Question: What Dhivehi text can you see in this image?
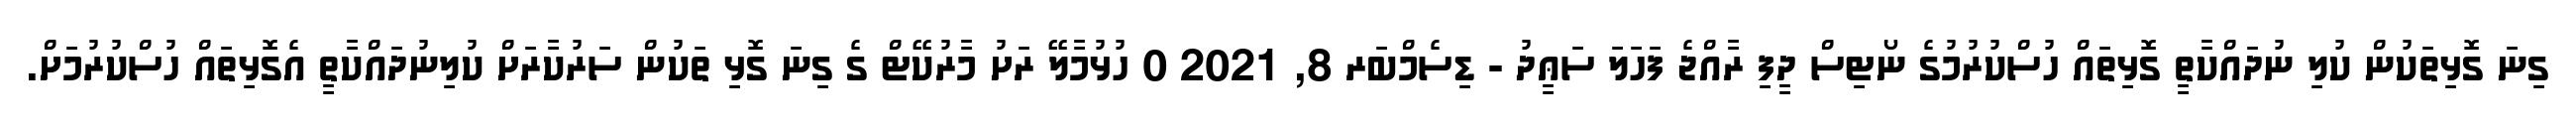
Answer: ގިނަ ގޮޅިތަކުން ކުލި ނުދައްކާތީ ގޮޅިތައް ހުސްކުރުމުގެ ނޯޓިސް ދީފި ރާއްޖެ ފަހަލަ ސަޢީދު - ޑިސެމްބަރ 8, 2021 0 ހުޅުމާލޭ ރަށު މާރުކޭޓް ގެ ގިނަ ގޮޅި ތަކުން ސަރުކާރަށް ކުލިނުދައްކާތީ އެގޮޅިތައް ހުސްކުރުމަށް.